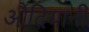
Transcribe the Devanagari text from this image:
औदियानी